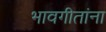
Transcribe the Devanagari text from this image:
भावगीतांना